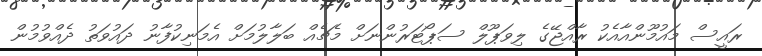
ރައީސް މައުމޫންއާއެކު ރާއްޖޭގެ ލިވަޕޫލް ސަޕޯޓަރުންނަށް މެޗެއް ބަލާލުމަށް އެމަނިކުފާނު ދައުވަތު ދެއްވުމުން